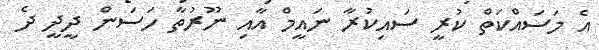
އެ މަސައްކަތް ކުރީ ސައިކުރާ ނައީމް އާއި ނޫރުތާ ހަސަން ދީދީ ދެ